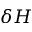
\delta H